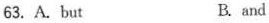
63. A.but B. and